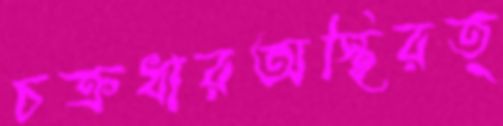
চক্রধারঅস্থিরত্